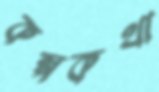
কল্পকথা